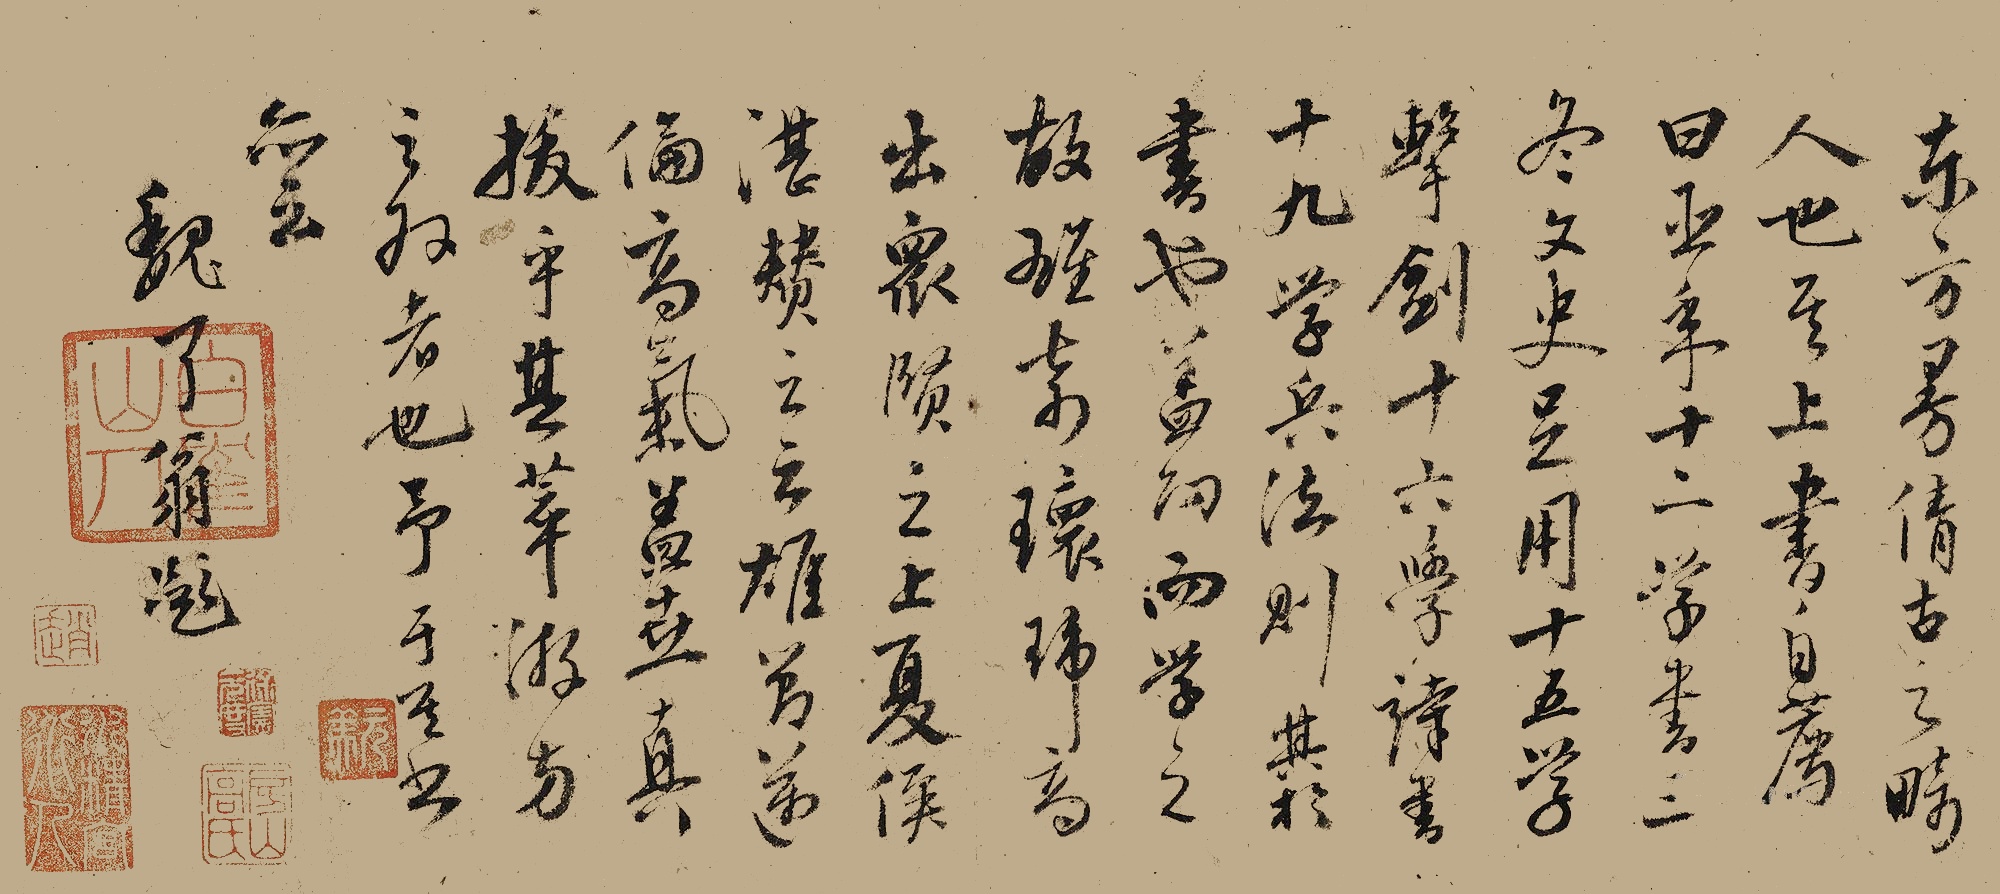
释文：东方曼倩古之畸人也。其上书自荐曰：臣年十二学书三冬文史足用。十五学击剑。十六学《诗》《书》。十九学兵法则，其于书也，盖向而学之，故雄奇环佩，高出众贤之上，夏侯湛赞之云：雄节迈伦，高气盖世，真拔乎其萃，游方之外者也，予于其书亦之。魏了翁题。